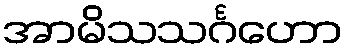
အာမိသသင်္ဂဟော